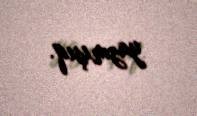
yazmışıq.